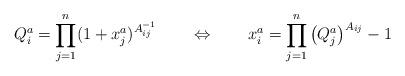
LaTeX: \begin{align*}Q_{i}^{a}=\prod_{j=1}^{n}(1+x_{j}^{a})^{A_{ij}^{-1}}\qquad \Leftrightarrow\qquad x_{i}^{a}=\prod_{j=1}^{n}\left( Q_{j}^{a}\right) ^{A_{ij}}-1\end{align*}